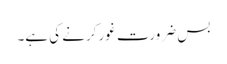
بس ضرورت غور کرنے کی ہے۔